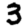
Digit: 3